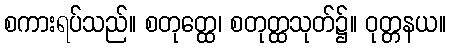
စကားရပ်သည်။ စတုတ္ထေ၊ စတုတ္ထသုတ်၌။ ဝုတ္တနယ။